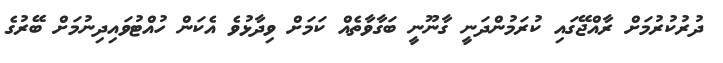
ދުރުކުރުމަށް ރާއްޖޭގައި ކުރަމުންދަނީ ގާނޫނީ ބަގާވާތެއް ކަމަށް ވިދާޅުވެ އެކަން ހުއްޓުވައިދިނުމަށް ބޭރުގެ